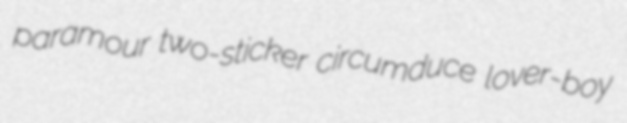
paramour two-sticker circumduce lover-boy